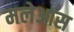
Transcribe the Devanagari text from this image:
मलेआस